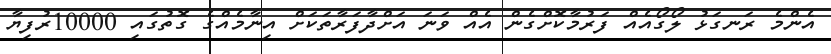
އެންމެ ރަނގަޅު ލޯގޯއެއް ފަރުމާކޮށްގެން އެއް ވަނަ އަށްދާފަރާތަކަށް އިނާމެއްގެ ގޮތުގައި 10000ރުފިޔާ